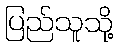
ပြည်သူသို့